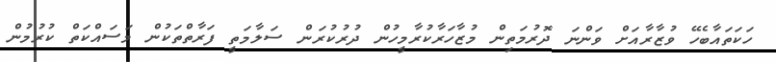
ހަކަތައާބެހޭ ވުޒާރާއަށް ވަންނަ ދޮރުމަތިން މުޒާހަރާކުރާމީހުން ދުރުކުރަން ސަލާމަތީ ފަރާތްތަކުން މަސައްކަތް ކުރުމުން